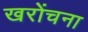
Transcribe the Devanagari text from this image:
खरोंचना